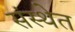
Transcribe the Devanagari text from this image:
संस्‍थेत